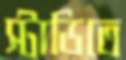
স্টাডিতে